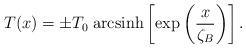
LaTeX: \begin{align*}T(x)=\pm T_{0}\;{\rm arcsinh}\left[\exp \left(\frac{x}{\zeta_B}\right)\right].\end{align*}